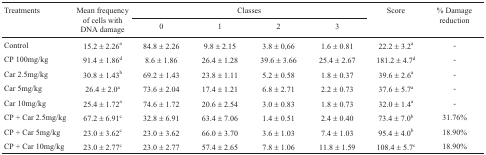
<table><thead><tr><td rowspan="2"><b>Treatments</b></td><td rowspan="2"><b>Mean frequency of cells with DNAdamage</b></td><td colspan="4"><b>Classes</b></td><td rowspan="2"><b>Score</b></td><td rowspan="2"><b>% Damage reduction</b></td></tr><tr><td><b>0</b></td><td><b>1</b></td><td><b>2</b></td><td><b>3</b></td></tr></thead><tbody><tr><td>Control</td><td>15.2 ± 2.26<sup>a</sup></td><td>84.8 ± 2.26</td><td>9.8 ± 2.15</td><td>3.8 ± 0,66</td><td>1.6 ± 0.81</td><td>22.2 ± 3.2<sup>a</sup></td><td>-</td></tr><tr><td>CP 100mg/kg</td><td>91.4 ± 1.86<sup>d</sup></td><td>8.6 ± 1.86</td><td>26.4 ± 1.28</td><td>39.6 ± 3.66</td><td>25.4 ± 2.67</td><td>181.2 ± 4.7<sup>d</sup></td><td>-</td></tr><tr><td>Car 2.5mg/kg</td><td>30.8 ± 1.43<sup>b</sup></td><td>69.2 ± 1.43</td><td>23.8 ± 1.11</td><td>5.2 ± 0.58</td><td>1.8 ± 0.37</td><td>39.6 ± 2.6<sup>a</sup></td><td>-</td></tr><tr><td>Car 5mg/kg</td><td>26.4 ± 2.0<sup>a</sup></td><td>73.6 ± 2.04</td><td>17.4 ± 1.21</td><td>6.8 ± 2.71</td><td>2.2 ± 0.73</td><td>37.6 ± 5.7<sup>a</sup></td><td>-</td></tr><tr><td>Car 10mg/kg</td><td>25.4 ± 1.72<sup>a</sup></td><td>74.6 ± 1.72</td><td>20.6 ± 2.54</td><td>3.0 ± 0.83</td><td>1.8 ± 0.73</td><td>32.0 ± 1.4<sup>a</sup></td><td>-</td></tr><tr><td>CP + Car 2.5mg/kg</td><td>67.2 ± 6.91<sup>c</sup></td><td>32.8 ± 6.91</td><td>63.4 ± 7.06</td><td>1.4 ± 0.51</td><td>2.4 ± 0.40</td><td>73.4 ± 7.0<sup>b</sup></td><td>31.76%</td></tr><tr><td>CP + Car 5mg/kg</td><td>23.0 ± 3.62<sup>c</sup></td><td>23.0 ± 3.62</td><td>66.0 ± 3.70</td><td>3.6 ± 1.03</td><td>7.4 ± 1.03</td><td>95.4 ± 4.0<sup>b</sup></td><td>18.90%</td></tr><tr><td>CP + Car 10mg/kg</td><td>23.0 ± 2.77<sup>c</sup></td><td>23.0 ± 2.77</td><td>57.4 ± 2.65</td><td>7.8 ± 1.06</td><td>11.8 ± 1.59</td><td>108.4 ± 5.7<sup>c</sup></td><td>18.90%</td></tr></tbody></table>